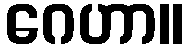
ဂေဟာ။